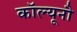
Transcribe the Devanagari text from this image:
कॉल्यूनौ